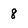
Character: 8